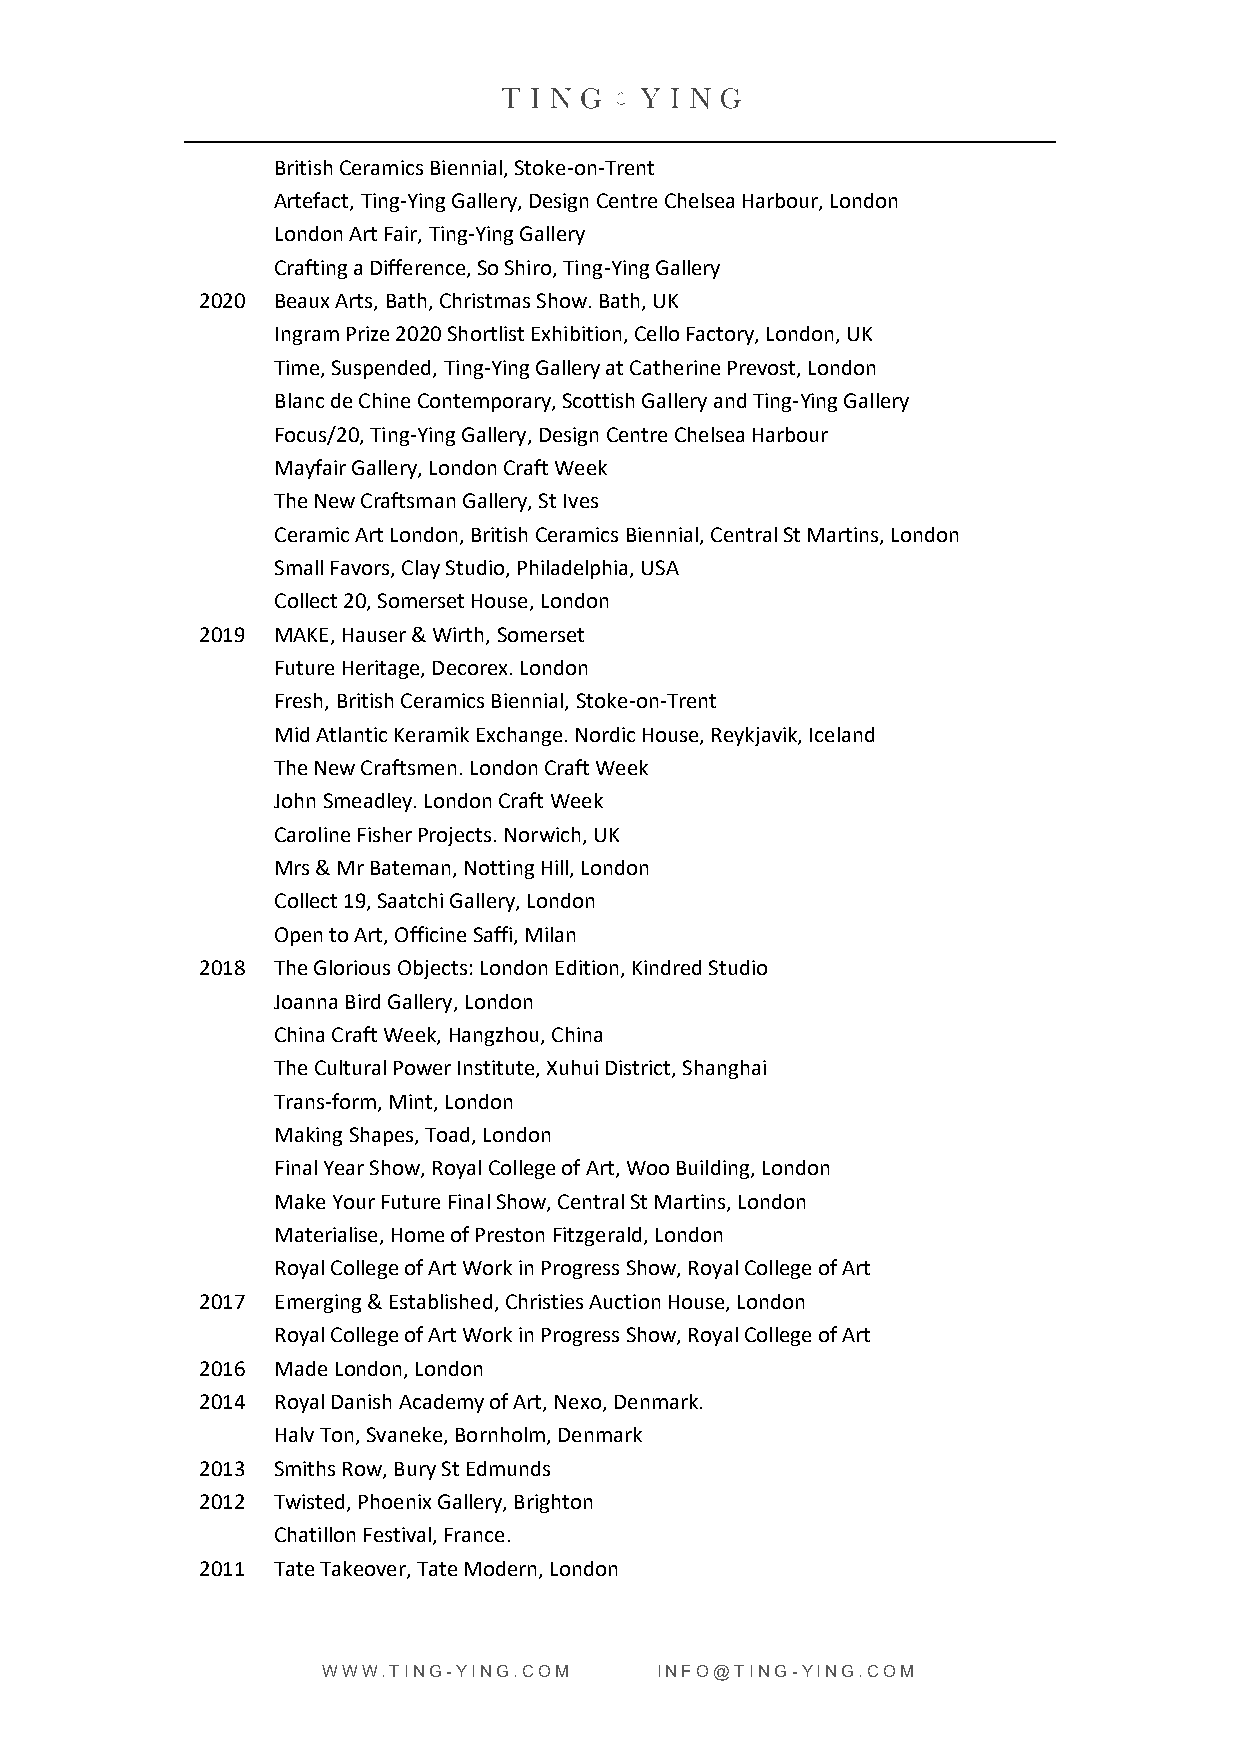
British Ceramics Biennial, Stoke-on-Trent
 Artefact, Ting-Ying Gallery, Design Centre Chelsea Harbour, London
 London Art Fair, Ting-Ying Gallery
 Crafting a Difference, So Shiro, Ting-Ying Gallery
 2020 Beaux Arts, Bath, Christmas Show. Bath, UK
 Ingram Prize 2020 Shortlist Exhibition, Cello Factory, London, UK
 Time, Suspended, Ting-Ying Gallery at Catherine Prevost, London
 Blanc de Chine Contemporary, Scottish Gallery and Ting-Ying Gallery
 Focus/20, Ting-Ying Gallery, Design Centre Chelsea Harbour
 Mayfair Gallery, London Craft Week
 The New Craftsman Gallery, St Ives
 Ceramic Art London, British Ceramics Biennial, Central St Martins, London
 Small Favors, Clay Studio, Philadelphia, USA
 Collect 20, Somerset House, London
 2019 MAKE, Hauser & Wirth, Somerset
 Future Heritage, Decorex. London
 Fresh, British Ceramics Biennial, Stoke-on-Trent
 Mid Atlantic Keramik Exchange. Nordic House, Reykjavik, Iceland
 The New Craftsmen. London Craft Week
 John Smeadley. London Craft Week
 Caroline Fisher Projects. Norwich, UK
 Mrs & Mr Bateman, Notting Hill, London
 Collect 19, Saatchi Gallery, London
 Open to Art, Officine Saffi, Milan
 2018 The Glorious Objects: London Edition, Kindred Studio
 Joanna Bird Gallery, London
 China Craft Week, Hangzhou, China
 The Cultural Power Institute, Xuhui District, Shanghai
 Trans-form, Mint, London
 Making Shapes, Toad, London
 Final Year Show, Royal College of Art, Woo Building, London
 Make Your Future Final Show, Central St Martins, London
 Materialise, Home of Preston Fitzgerald, London
 Royal College of Art Work in Progress Show, Royal College of Art
 2017 Emerging & Established, Christies Auction House, London
 Royal College of Art Work in Progress Show, Royal College of Art
 2016 Made London, London
 2014 Royal Danish Academy of Art, Nexo, Denmark.
 Halv Ton, Svaneke, Bornholm, Denmark
 2013 Smiths Row, Bury St Edmunds
 2012 Twisted, Phoenix Gallery, Brighton
 Chatillon Festival, France.
 2011 Tate Takeover, Tate Modern, London
 WWW.TING-YING.COM      INFO@TING-YING.COM